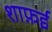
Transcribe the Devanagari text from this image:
शाफ़ई